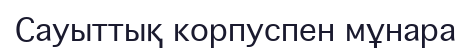
Сауыттық корпуспен мұнара